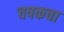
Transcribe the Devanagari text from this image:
चषकचा